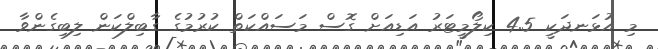
މި އުޅަނދަކީ 4.5 ކިލޯމީޓަރު އަޑިއަށް ގޮސް މަސައްކަތް ކުރުމުގެ ގާބިލްކަން ލިބިގެންވާ